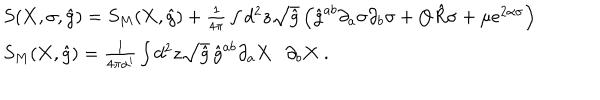
\begin{array} { l } { { S ( { \bf X } , \sigma , \hat { g } ) = S _ { M } ( { \bf X } , \hat { g } ) + \frac { 1 } { 4 \pi } \int d ^ { 2 } z \sqrt { \hat { g } } \left( \hat { g } ^ { a b } \partial _ { a } \sigma \partial _ { b } \sigma + Q \hat { R } \sigma + \mu e ^ { 2 \alpha \sigma } \right) } } \\ { { S _ { M } ( { \bf X } , \hat { g } ) = \frac { 1 } { 4 \pi \alpha ^ { \prime } } \int d ^ { 2 } z \sqrt { \hat { g } } \, \hat { g } ^ { a b } \partial _ { a } { \bf X } \cdot \partial _ { b } { \bf X } \ . } } \\ \end{array}